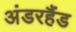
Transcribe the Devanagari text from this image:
अंडरहैंड